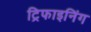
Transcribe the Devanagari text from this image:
ट्रिफाइनिंग